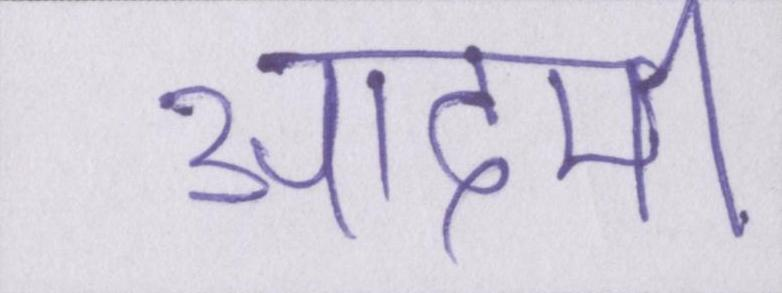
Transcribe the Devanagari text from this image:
आदमी